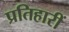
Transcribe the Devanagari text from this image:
प्रतिहारीं